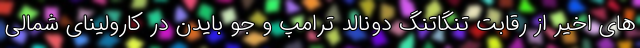
های اخیر از رقابت تنگاتنگ دونالد ترامپ و جو بایدن در کارولینای شمالی